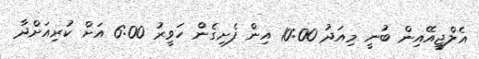
އެލްޖީއޭއިން ބުނީ މިއަދު 10:00 އިން ފެށިގެން ހަވީރު 6:00 އަށް ކުރިއަށްދާ